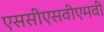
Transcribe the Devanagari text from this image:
एससीएसवीएमवी